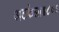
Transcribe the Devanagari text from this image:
अटकेला॥८०॥